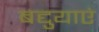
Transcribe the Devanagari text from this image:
बद्दुयाएं